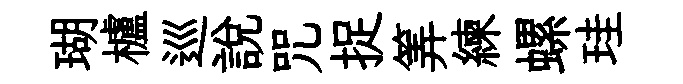
瑚櫨巡説咒捉筭練螺珪